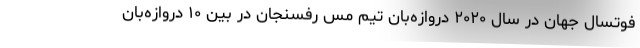
فوتسال جهان در سال ۲۰۲۰ دروازه‌بان تیم مس رفسنجان در بین ۱۰ دروازه‌بان